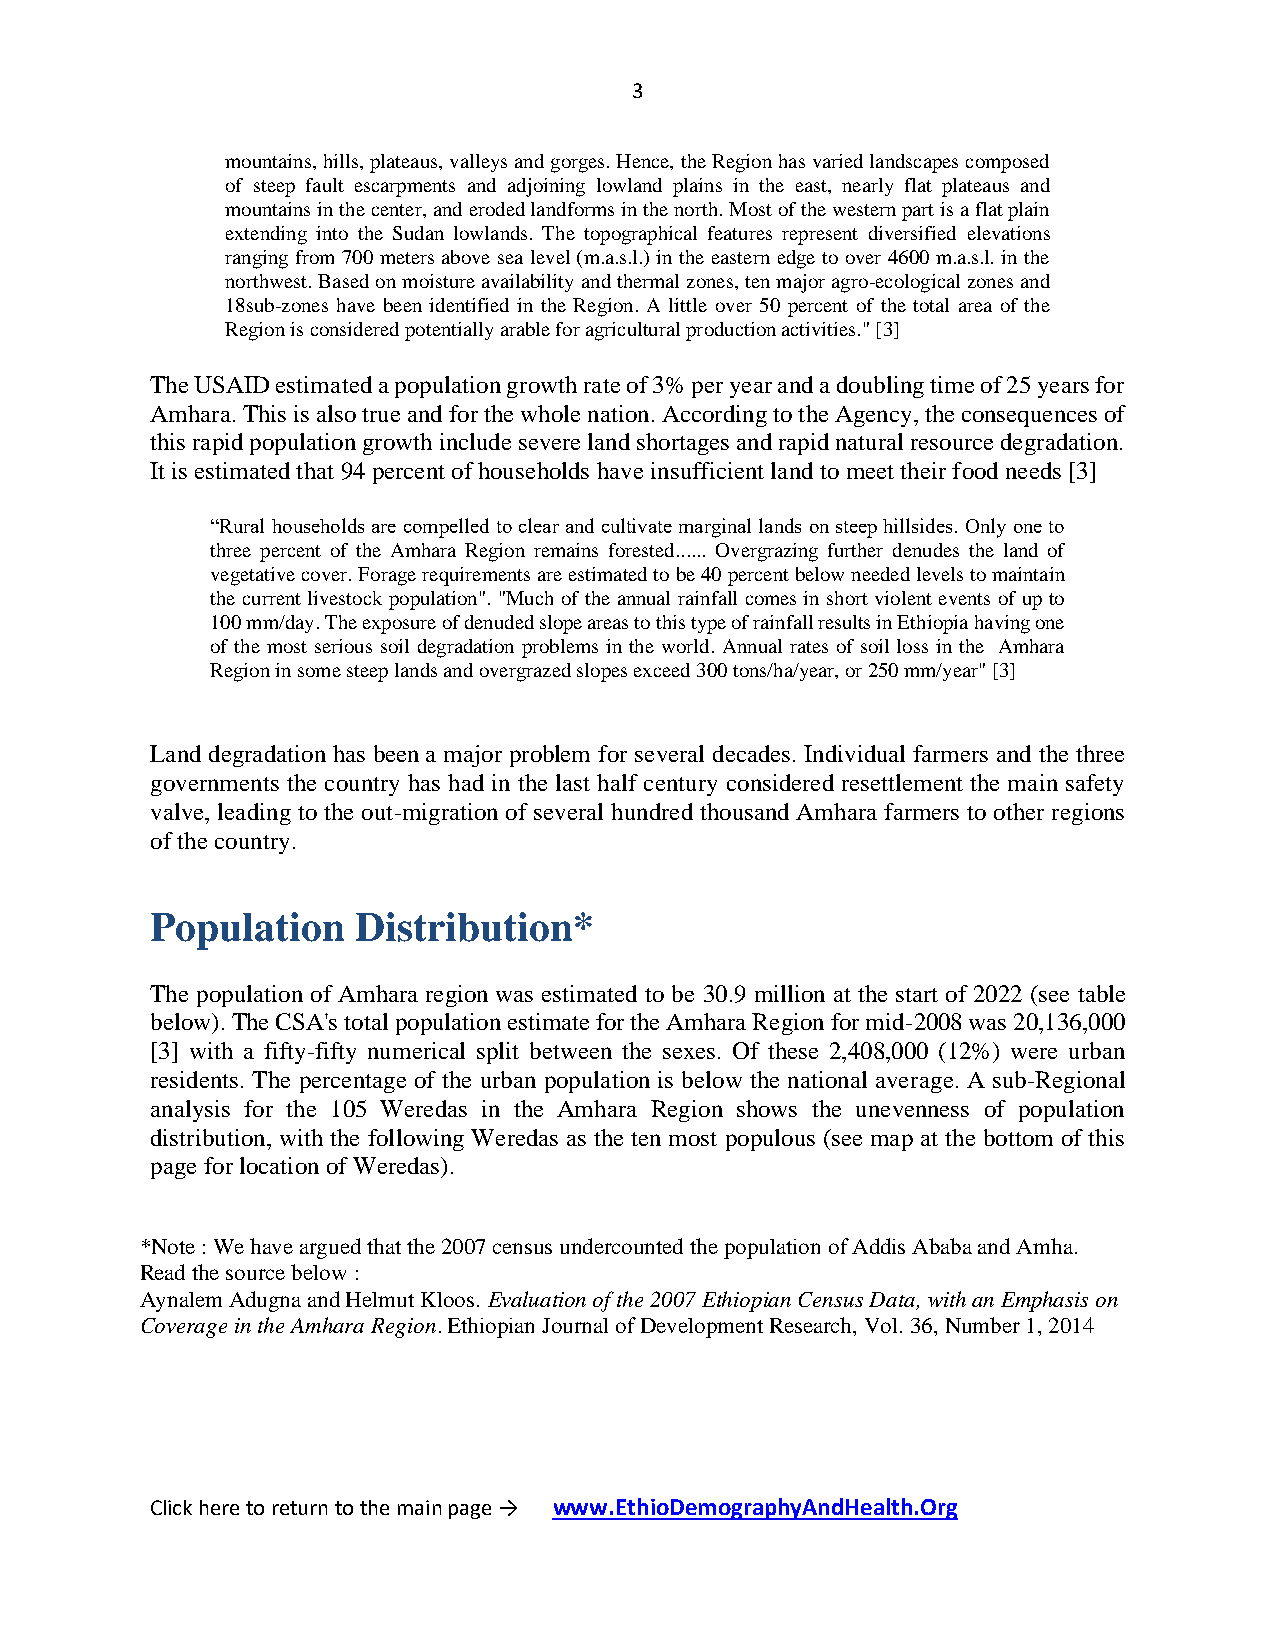
3
 mountains, hills, plateaus, valleys and gorges. Hence, the Region has varied landscapes composed
 of steep fault escarpments and adjoining lowland plains in the east, nearly flat plateaus and
 mountains in the center, and eroded landforms in the north. Most of the western part is a flat plain
 extending into the Sudan lowlands. The topographical features represent diversified elevations
 ranging from 700 meters above sea level (m.a.s.l.) in the eastern edge to over 4600 m.a.s.l. in the
 northwest. Based on moisture availability and thermal zones, ten major agro-ecological zones and
 18sub-zones have been identified in the Region. A little over 50 percent of the total area of the
 Region is considered potentially arable for agricultural production activities." [3]
 The USAID estimated a population growth rate of 3% per year and a doubling time of 25 years for
 Amhara. This is also true and for the whole nation. According to the Agency, the consequences of
 this rapid population growth include severe land shortages and rapid natural resource degradation.
 It is estimated that 94 percent of households have insufficient land to meet their food needs [3]
 “Rural households are compelled to clear and cultivate marginal lands on steep hillsides. Only one to
 three percent of the Amhara Region remains forested...... Overgrazing further denudes the land of
 vegetative cover. Forage requirements are estimated to be 40 percent below needed levels to maintain
 the current livestock population". "Much of the annual rainfall comes in short violent events of up to
 100 mm/day. The exposure of denuded slope areas to this type of rainfall results in Ethiopia having one
 of the most serious soil degradation problems in the world. Annual rates of soil loss in the Amhara
 Region in some steep lands and overgrazed slopes exceed 300 tons/ha/year, or 250 mm/year" [3]
 Land degradation has been a major problem for several decades. Individual farmers and the three
 governments the country has had in the last half century considered resettlement the main safety
 valve, leading to the out-migration of several hundred thousand Amhara farmers to other regions
 of the country.
 Population    Distribution*
 The population of Amhara region was estimated to be 30.9 million at the start of 2022 (see table
 below). The CSA's total population estimate for the Amhara Region for mid-2008 was 20,136,000
 [3] with a fifty-fifty numerical split between the sexes. Of these 2,408,000 (12%) were urban
 residents. The percentage of the urban population is below the national average. A sub-Regional
 analysis for the 105 Weredas in the Amhara Region shows the unevenness of population
 distribution, with the following Weredas as the ten most populous (see map at the bottom of this
 page for location of Weredas).
 *Note : We have argued that the 2007 census undercounted the population of Addis Ababa and Amha.
 Read the source below :
 Aynalem Adugna and Helmut Kloos. Evaluation of the 2007 Ethiopian Census Data, with an Emphasis on
 Coverage in the Amhara Region. Ethiopian Journal of Development Research, Vol. 36, Number 1, 2014
 Click here to return to the main page → www.EthioDemographyAndHealth.Org